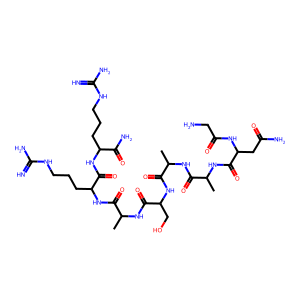
SMILES: CC(NC(=O)C(C)NC(=O)C(CC(N)=O)NC(=O)CN)C(=O)NC(CO)C(=O)NC(C)C(=O)NC(CCCNC(=N)N)C(=O)NC(CCCNC(=N)N)C(N)=O
Inhibits HIV replication: No